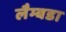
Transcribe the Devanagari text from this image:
लैम्बडा